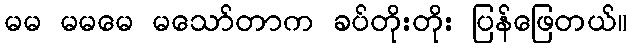
မမ မမမေ မသော်တာက ခပ်တိုးတိုး ပြန်ဖြေတယ်။